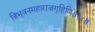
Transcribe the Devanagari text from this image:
त्रिभुवनमहाराजगृहिणि॥१४॥